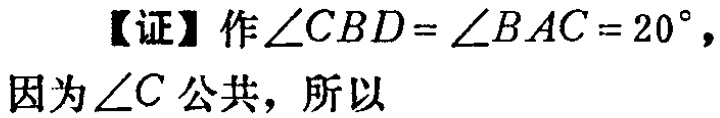
【证】作\(\angle CBD = \angle BAC = 20^{\circ}\)，
因为\(\angle C\)公共，所以